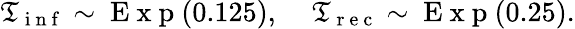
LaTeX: \mathfrak{T}_{\mathrm{{~i~n~f~}}}\sim\mathrm{{~E~x~p~}}(0.125),\; \; \; \; \mathfrak{T}_{\mathrm{{~r~e~c~}}}\sim\mathrm{{~E~x~p~}}(0.25).